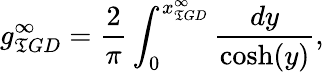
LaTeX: g_{\mathfrak{T}GD}^{\infty}=\frac{{2}}{{\pi}}\int_{0}^{x_{\mathfrak{T}GD}^{\infty}}\frac{{dy}}{{\cosh(y)}},